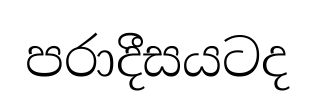
පරාදීසයටද